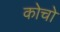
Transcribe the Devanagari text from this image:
कोचो